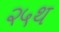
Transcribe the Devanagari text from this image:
२५थ